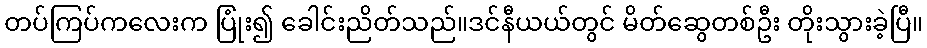
တပ်ကြပ်ကလေးက ပြုံး၍ ခေါင်းညိတ်သည်။ဒင်နီယယ်တွင် မိတ်ဆွေတစ်ဦး တိုးသွားခဲ့ပြီ။